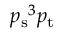
{ p _ { \mathrm { s } } } ^ { 3 } { p _ { \mathrm { t } } }